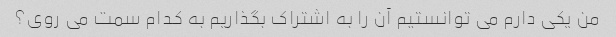
من یکی دارم می توانستیم آن را به اشتراک بگذاریم به کدام سمت می روی؟